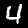
Label: 4